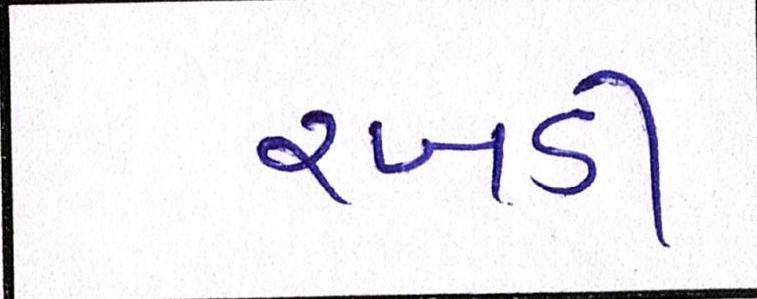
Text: રબડી